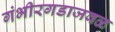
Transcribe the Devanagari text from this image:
गंभीरगडाजवळ